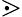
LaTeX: \gtrdot